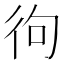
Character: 㣘